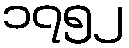
၁၇၅၂